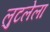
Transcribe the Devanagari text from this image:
लुटलेला